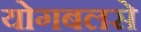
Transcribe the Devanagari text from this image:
योगबलसे